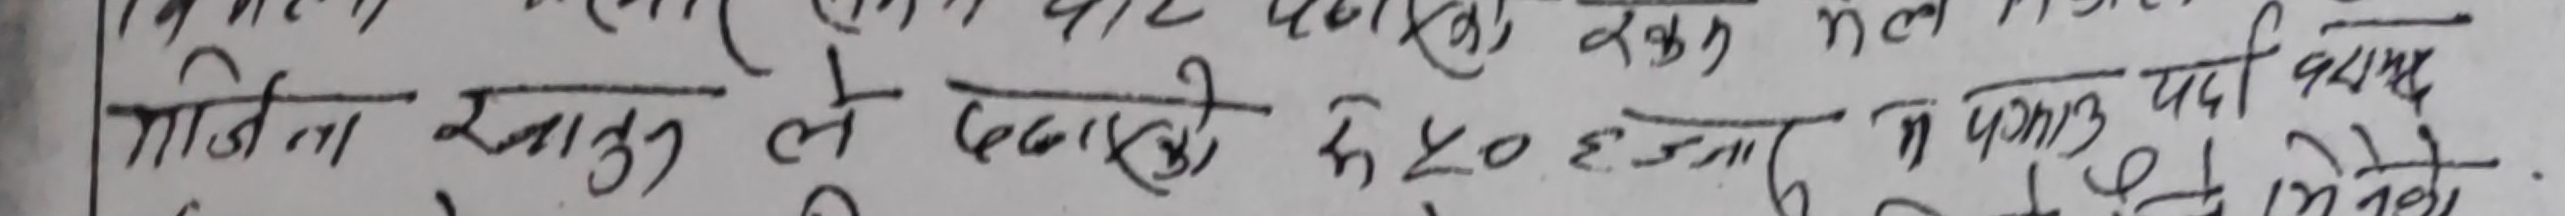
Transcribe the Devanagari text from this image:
गिदिना खातुन ले दवाको रु.५० हजार न पमाउ पर्दा वेनेको